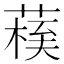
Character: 𦺀